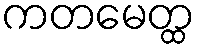
ကတမေတ္ထ